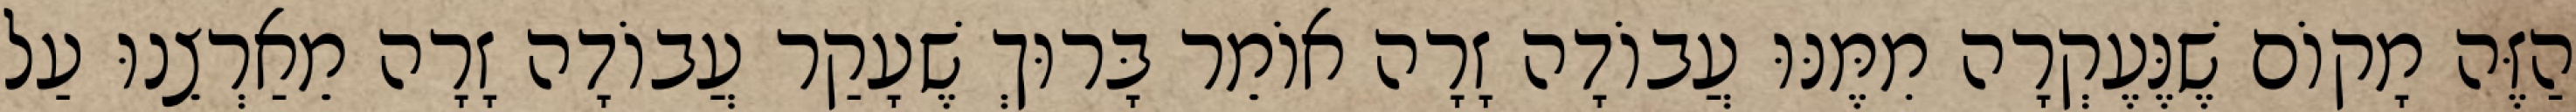
הַזֶּה מָקוֹם שֶׁנֶּעֶקְרָה מִמֶּנּוּ עֲבוֹדָה זָרָה אוֹמֵר בָּרוּךְ שֶׁעָקַר עֲבוֹדָה זָרָה מֵאַרְצֵנוּ עַל